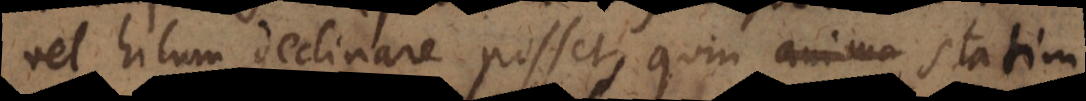
vel hilum declinare posset, quin statim